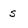
Character: s